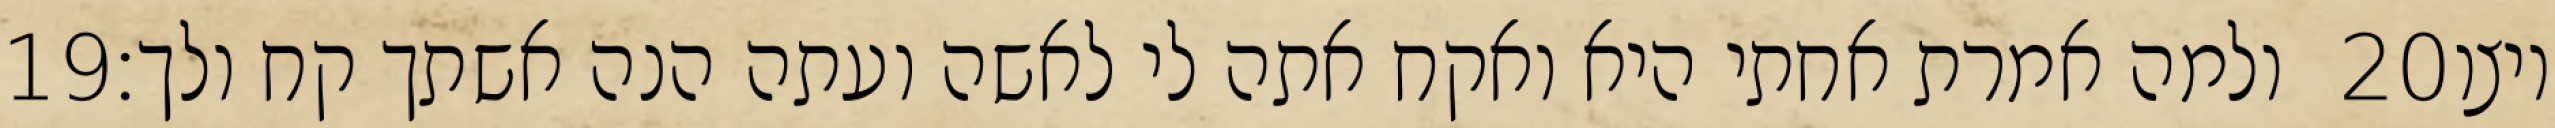
‎19‏ ולמה אמרת אחתי היא ואקח אתה לי לאשה ועתה הנה אשתך קח ולך׃ ‎20‏ ויצו